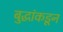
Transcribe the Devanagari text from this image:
बुद्धांकडून